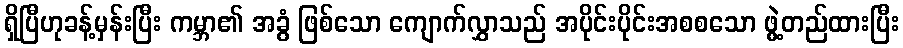
ရှိပြီဟုခန့်မှန်းပြီး ကမ္ဘာ၏ အခွံ ဖြစ်သော ကျောက်လွှာသည် အပိုင်းပိုင်းအစစသော ဖွဲ့တည်ထားပြီး